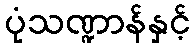
ပုံသဏ္ဍာန်နှင့်